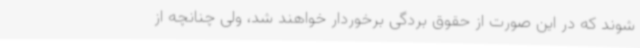
شوند که در این صورت از حقوق بردگی برخوردار خواهند شد، ولی چنانچه از